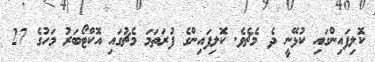
ކޮލިފައިންގައި ކުޅޭނީ ދެ މެޗެވެ. ކޮލިފައިންގެ ފުރަތަމަ މެޗުގައި އޮކްޓޯބަރު މަހުގެ 27